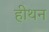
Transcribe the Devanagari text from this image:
हीथन